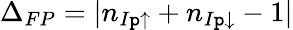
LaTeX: \Delta_{FP}=|n_{I\mathtt{p}\uparrow}+n_{I\mathtt{p}\downarrow}-1|